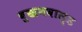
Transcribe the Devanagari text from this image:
बुखनवाल्ड